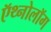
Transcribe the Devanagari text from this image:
ऍथ्नोलॉग